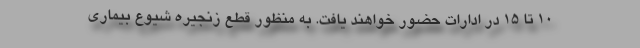
10 تا 15 در ادارات حضور خواهند یافت. به منظور قطع زنجیره شیوع بیماری